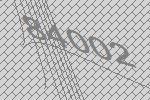
84002